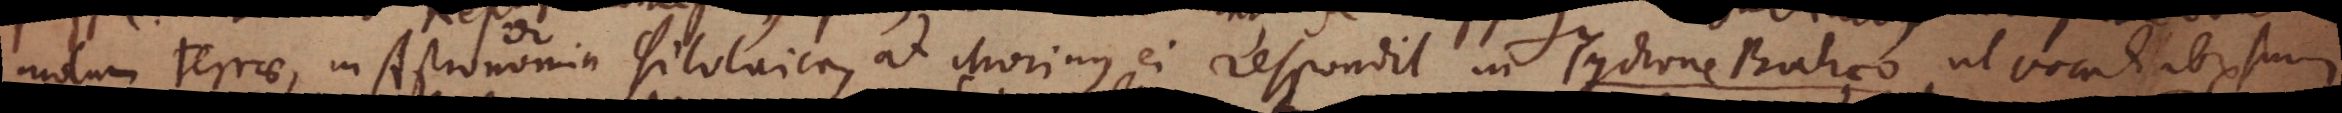
motum terrae, in Astronomia φilolaica, at Morinus ei respondit in Tychone Brahaeo ut vocat librum